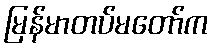
မြန်မာတပ်မတော်က